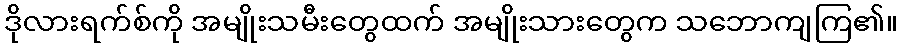
ဒိုလားရက်စ်ကို အမျိုးသမီးတွေထက် အမျိုးသားတွေက သဘောကျကြ၏။